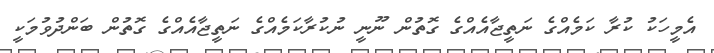
އެމީހަކު ކުރާ ކަމެއްގެ ނަތީޖާއެއްގެ ގޮތުން ނޫނީ ނުކުރާކަމެއްގެ ނަތީޖާއެއްގެ ގޮތުން ބަންދުވުމަކީ